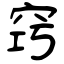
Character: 窍